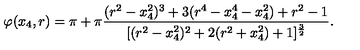
\varphi ( x _ { 4 } , r ) = \pi + \pi { \frac { ( r ^ { 2 } - x _ { 4 } ^ { 2 } ) ^ { 3 } + 3 ( r ^ { 4 } - x _ { 4 } ^ { 4 } - x _ { 4 } ^ { 2 } ) + r ^ { 2 } - 1 } { [ ( r ^ { 2 } - x _ { 4 } ^ { 2 } ) ^ { 2 } + 2 ( r ^ { 2 } + x _ { 4 } ^ { 2 } ) + 1 ] ^ { \frac { 3 } { 2 } } } } .